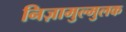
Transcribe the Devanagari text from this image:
निज़ामुल्मुलक